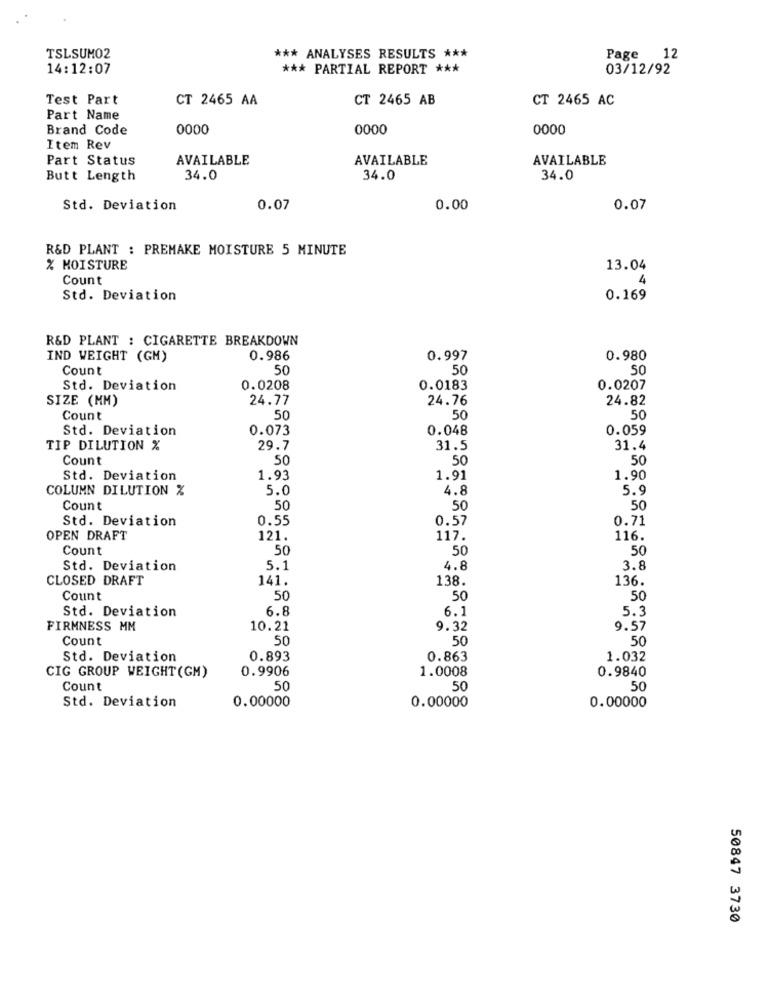
TSLSUM02
*** ANALYSES RESULTS ***
Page 12
14:12:07
*** PARTIAL REPORT ***
03/12/92
Test Part
CT 2465 AA
CT 2465 AB
CT 2465 AC
Part Name
Brand Code
0000
0000
0000
Item Rev
Part Status
AVAILABLE
AVAILABLE
AVAILABLE
Butt Length
34.0
34.0
34.0
Std. Deviation
0.07
0.00
0.07
R&D PLANT : PREMAKE MOISTURE 5 MINUTE
% MOISTURE
13.04
Count
4
Std. Deviation
0.169
R&D PLANT : CIGARETTE BREAKDOWN
IND WEIGHT (GM)
0.986
0.997
0.980
Count
50
50
50
Std. Deviation
0.0208
0.0183
0.0207
SIZE (MM)
24.77
24.76
24.82
Count
50
50
50
Std. Deviation
0.073
0.048
0.059
TIP DILUTION %
29.7
31.5
31.4
Count
50
50
50
Std. Deviation
1.93
1.91
1.90
COLUMN DILUTION %
5.0
4.8
5.9
Count
50
50
50
Std. Deviation
0.55
0.57
0.71
OPEN DRAFT
121.
117.
116.
Count
50
50
50
Std. Deviation
5.1
4.8
3.8
CLOSED DRAFT
141.
138.
136.
Count
50
50
50
Std. Deviation
6.8
6.1
5.3
FIRMNESS MM
10.21
9.32
9.57
Count
50
50
50
Std. Deviation
0.893
0.863
1.032
0.9906
1.0008
0.9840
CIG GROUP WEIGHT(GM)
Count
50
50
50
Std. Deviation
0.00000
0.00000
0.00000
50847 3730